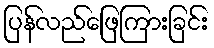
ပြန်လည်ဖြေကြားခြင်း